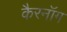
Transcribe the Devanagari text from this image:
कैरनॉग